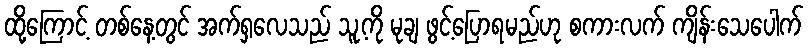
ထို့ကြောင့် တစ်နေ့တွင် အက်ရှလေသည် သူ့ကို မုချ ဖွင့်ပြောရမည်ဟု စကားလက် ကျိန်းသေပေါက်